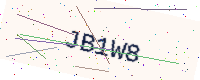
Text: JB1W8